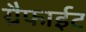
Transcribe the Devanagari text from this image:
ग्रैफाईट